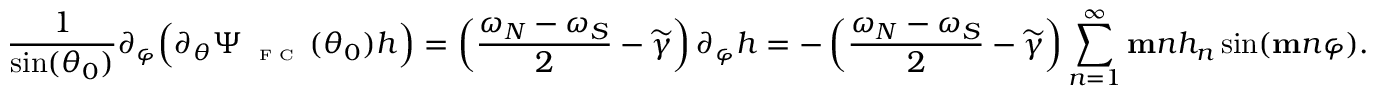
\frac { 1 } { \sin ( \theta _ { 0 } ) } \partial _ { \varphi } \Big ( \partial _ { \theta } \Psi _ { \textnormal { \tiny { F C } } } ( \theta _ { 0 } ) h \Big ) = \left( \frac { \omega _ { N } - \omega _ { S } } { 2 } - \widetilde { \gamma } \right) \partial _ { \varphi } h = - \left( \frac { \omega _ { N } - \omega _ { S } } { 2 } - \widetilde { \gamma } \right) \sum _ { n = 1 } ^ { \infty } \mathbf { m } n h _ { n } \sin ( \mathbf { m } n \varphi ) .